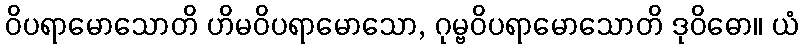
ဝိပရာမောသောတိ ဟိမဝိပရာမောသော, ဂုမ္ဗဝိပရာမောသောတိ ဒုဝိဓော။ ယံ